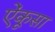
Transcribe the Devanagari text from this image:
ऐंकूसा